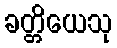
ခတ္တိယေသု